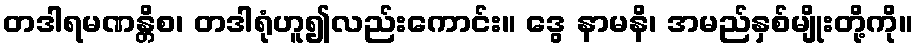
တဒါရမဏန္တိစ၊ တဒါရုံဟူ၍လည်းကောင်း။ ဒွေ နာမနိ၊ အမည်နှစ်မျိုးတို့ကို။